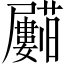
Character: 𱿈